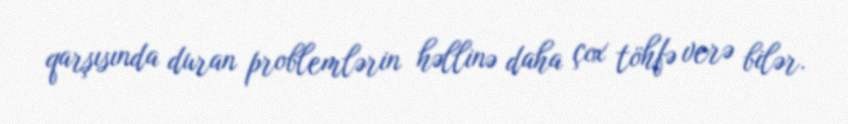
qarşısında duran problemlərin həllinə daha çox töhfə verə bilər.